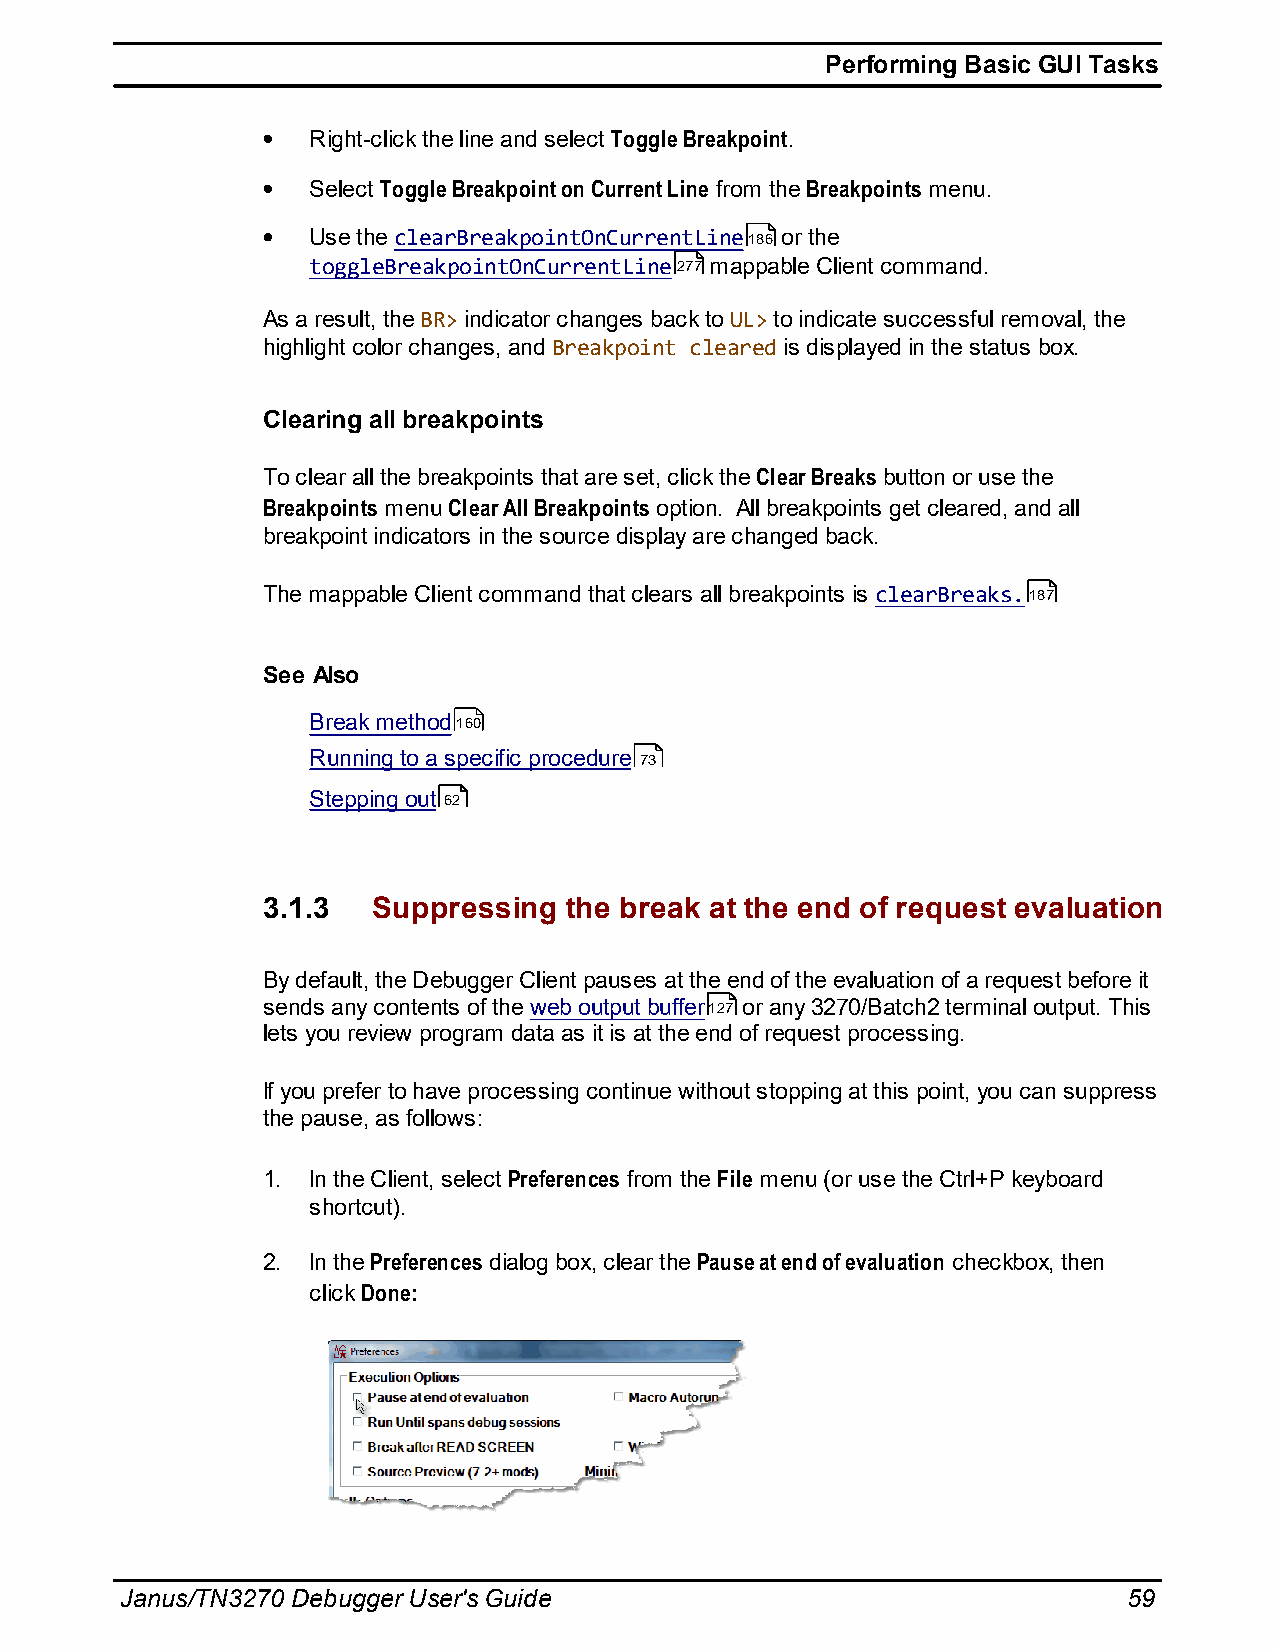
Performing Basic GUI Tasks
 Right-click the line and select Toggle Breakpoint.
 Select Toggle Breakpoint on Current Line from the Breakpoints menu.
 Use the clearBreakpointOnCurrentLine186 or the
 toggleBreakpointOnCurrentLine277 mappable Client command.
 As a result, the BR> indicator changes back to UL> to indicate successful removal, the
 highlight color changes, and Breakpoint cleared is displayed in the status box.
 Clearing all breakpoints
 To clear all the breakpoints that are set, click the Clear Breaks button or use the
 Breakpoints menu Clear All Breakpoints option. All breakpoints get cleared, and all
 breakpoint indicators in the source display are changed back.
 The mappable Client command that clears all breakpoints is clearBreaks.187
 See Also
 Break method160
 Running to a specific procedure 73
 Stepping out 62
 3.1.3   Suppressing the break at the end of request evaluation
 By default, the Debugger Client pauses at the end of the evaluation of a request before it
 sends any contents of the web output buffer127 or any 3270/Batch2 terminal output. This
 lets you review program data as it is at the end of request processing.
 If you prefer to have processing continue without stopping at this point, you can suppress
 the pause, as follows:
 1. In the Client, select Preferences from the File menu (or use the Ctrl+P keyboard
 shortcut).
 2. In the Preferences dialog box, clear the Pause at end of evaluation checkbox, then
 click Done:
 Janus/TN3270 Debugger User's Guide                                 59